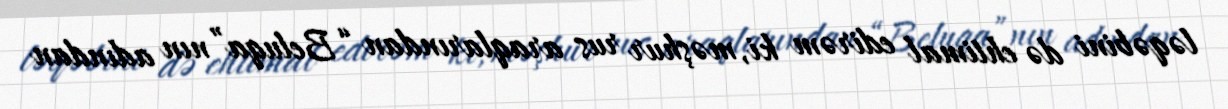
ləqəbini də ehtimal edirəm ki, məşhur rus araqlarından “Beluqa”nın adından